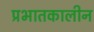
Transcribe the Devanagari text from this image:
प्रभातकालीन